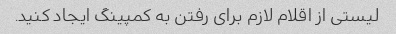
لیستی از اقلام لازم برای رفتن به کمپینگ ایجاد کنید.